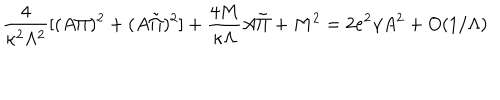
LaTeX: \frac { 4 } { \kappa ^ { 2 } \Lambda ^ { 2 } } [ ( A \Pi ) ^ { 2 } + ( A \tilde { \Pi } ) ^ { 2 } ] + \frac { 4 M } { \kappa \Lambda } A \tilde { \Pi } + M ^ { 2 } = 2 e ^ { 2 } \gamma A ^ { 2 } + O ( 1 / \Lambda )